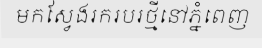
មកស្វែងរករបរថ្មីនៅភ្នំពេញ